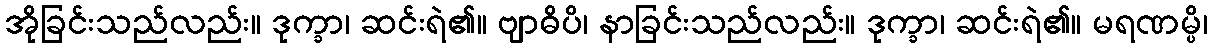
အိုခြင်းသည်လည်း။ ဒုက္ခာ၊ ဆင်းရဲ၏။ ဗျာဓိပိ၊ နာခြင်းသည်လည်း။ ဒုက္ခာ၊ ဆင်းရဲ၏။ မရဏမ္ပိ၊